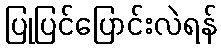
ပြုပြင်ပြောင်းလဲရန်